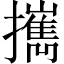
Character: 𢹂